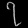
Digit: ၇